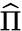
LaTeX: \widehat{\Pi}